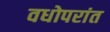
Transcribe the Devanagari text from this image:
वधोपरांत